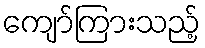
ကျော်ကြားသည့်